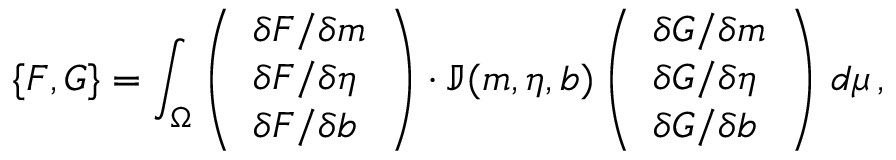
\{ F , G \} = \int _ { \Omega } \left( \begin{array} { l } { \delta F / \delta \boldsymbol { m } } \\ { \delta F / \delta \eta } \\ { \delta F / \delta b } \end{array} \right) \cdot \mathbb { J } ( \boldsymbol { m } , \eta , b ) \left( \begin{array} { l } { \delta G / \delta \boldsymbol { m } } \\ { \delta G / \delta \eta } \\ { \delta G / \delta b } \end{array} \right) \, d \mu \, ,